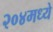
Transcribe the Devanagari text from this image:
२०४मध्ये